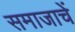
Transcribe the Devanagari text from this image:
समाजाचें